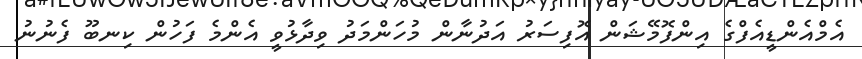
އެމްއެންޑީއެފްގެ އިންފޮމޭޝަން އޮފިސަރު އަދުނާން މުހަންމަދު ވިދާޅުވީ އެންމެ ފަހުން ކިނބޫ ފެނުނު